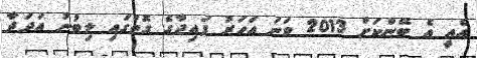
އެއީ އެ ބޭންކަށް 2013 ވަނަ އަހަރު ފައިދާގެ ގޮތުގައި ލިބުނު އަދަދާ